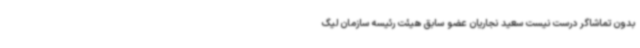
بدون تماشاگر درست نیست سعید نجاریان عضو سابق هیئت رئیسه سازمان لیگ